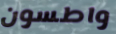
واطسون